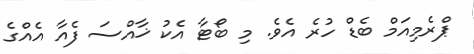
ޕްރެމިއަމް ބެޑް ހުރެ އެވެ. މި ބޯޓާ އެކު ޚާއްސަ ފެއާ އެއްގެ